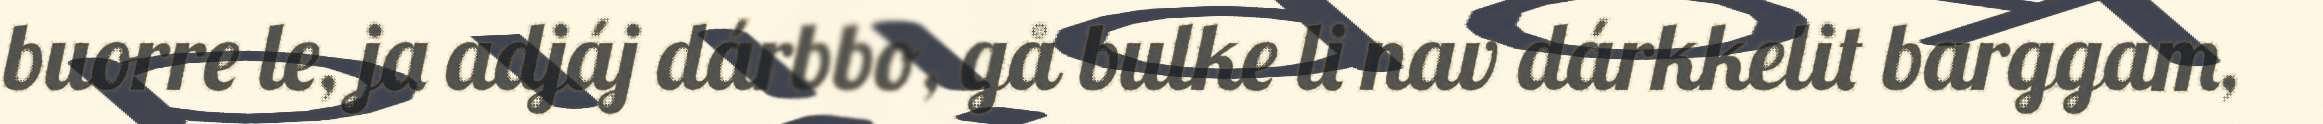
buorre le, ja adjáj dárbbo, gå bulke li nav dárkkelit barggam,